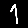
Digit: 1